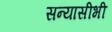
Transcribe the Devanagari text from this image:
सन्यासीभी